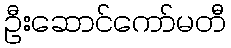
ဦးဆောင်ကော်မတီ